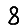
Digit: 8